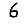
Digit: 6